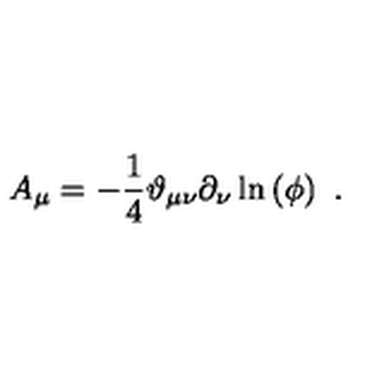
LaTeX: A _ { \mu } = - \frac { 1 } { 4 } \vartheta _ { \mu \nu } \partial _ { \nu } \ln \left( \phi \right) \ .